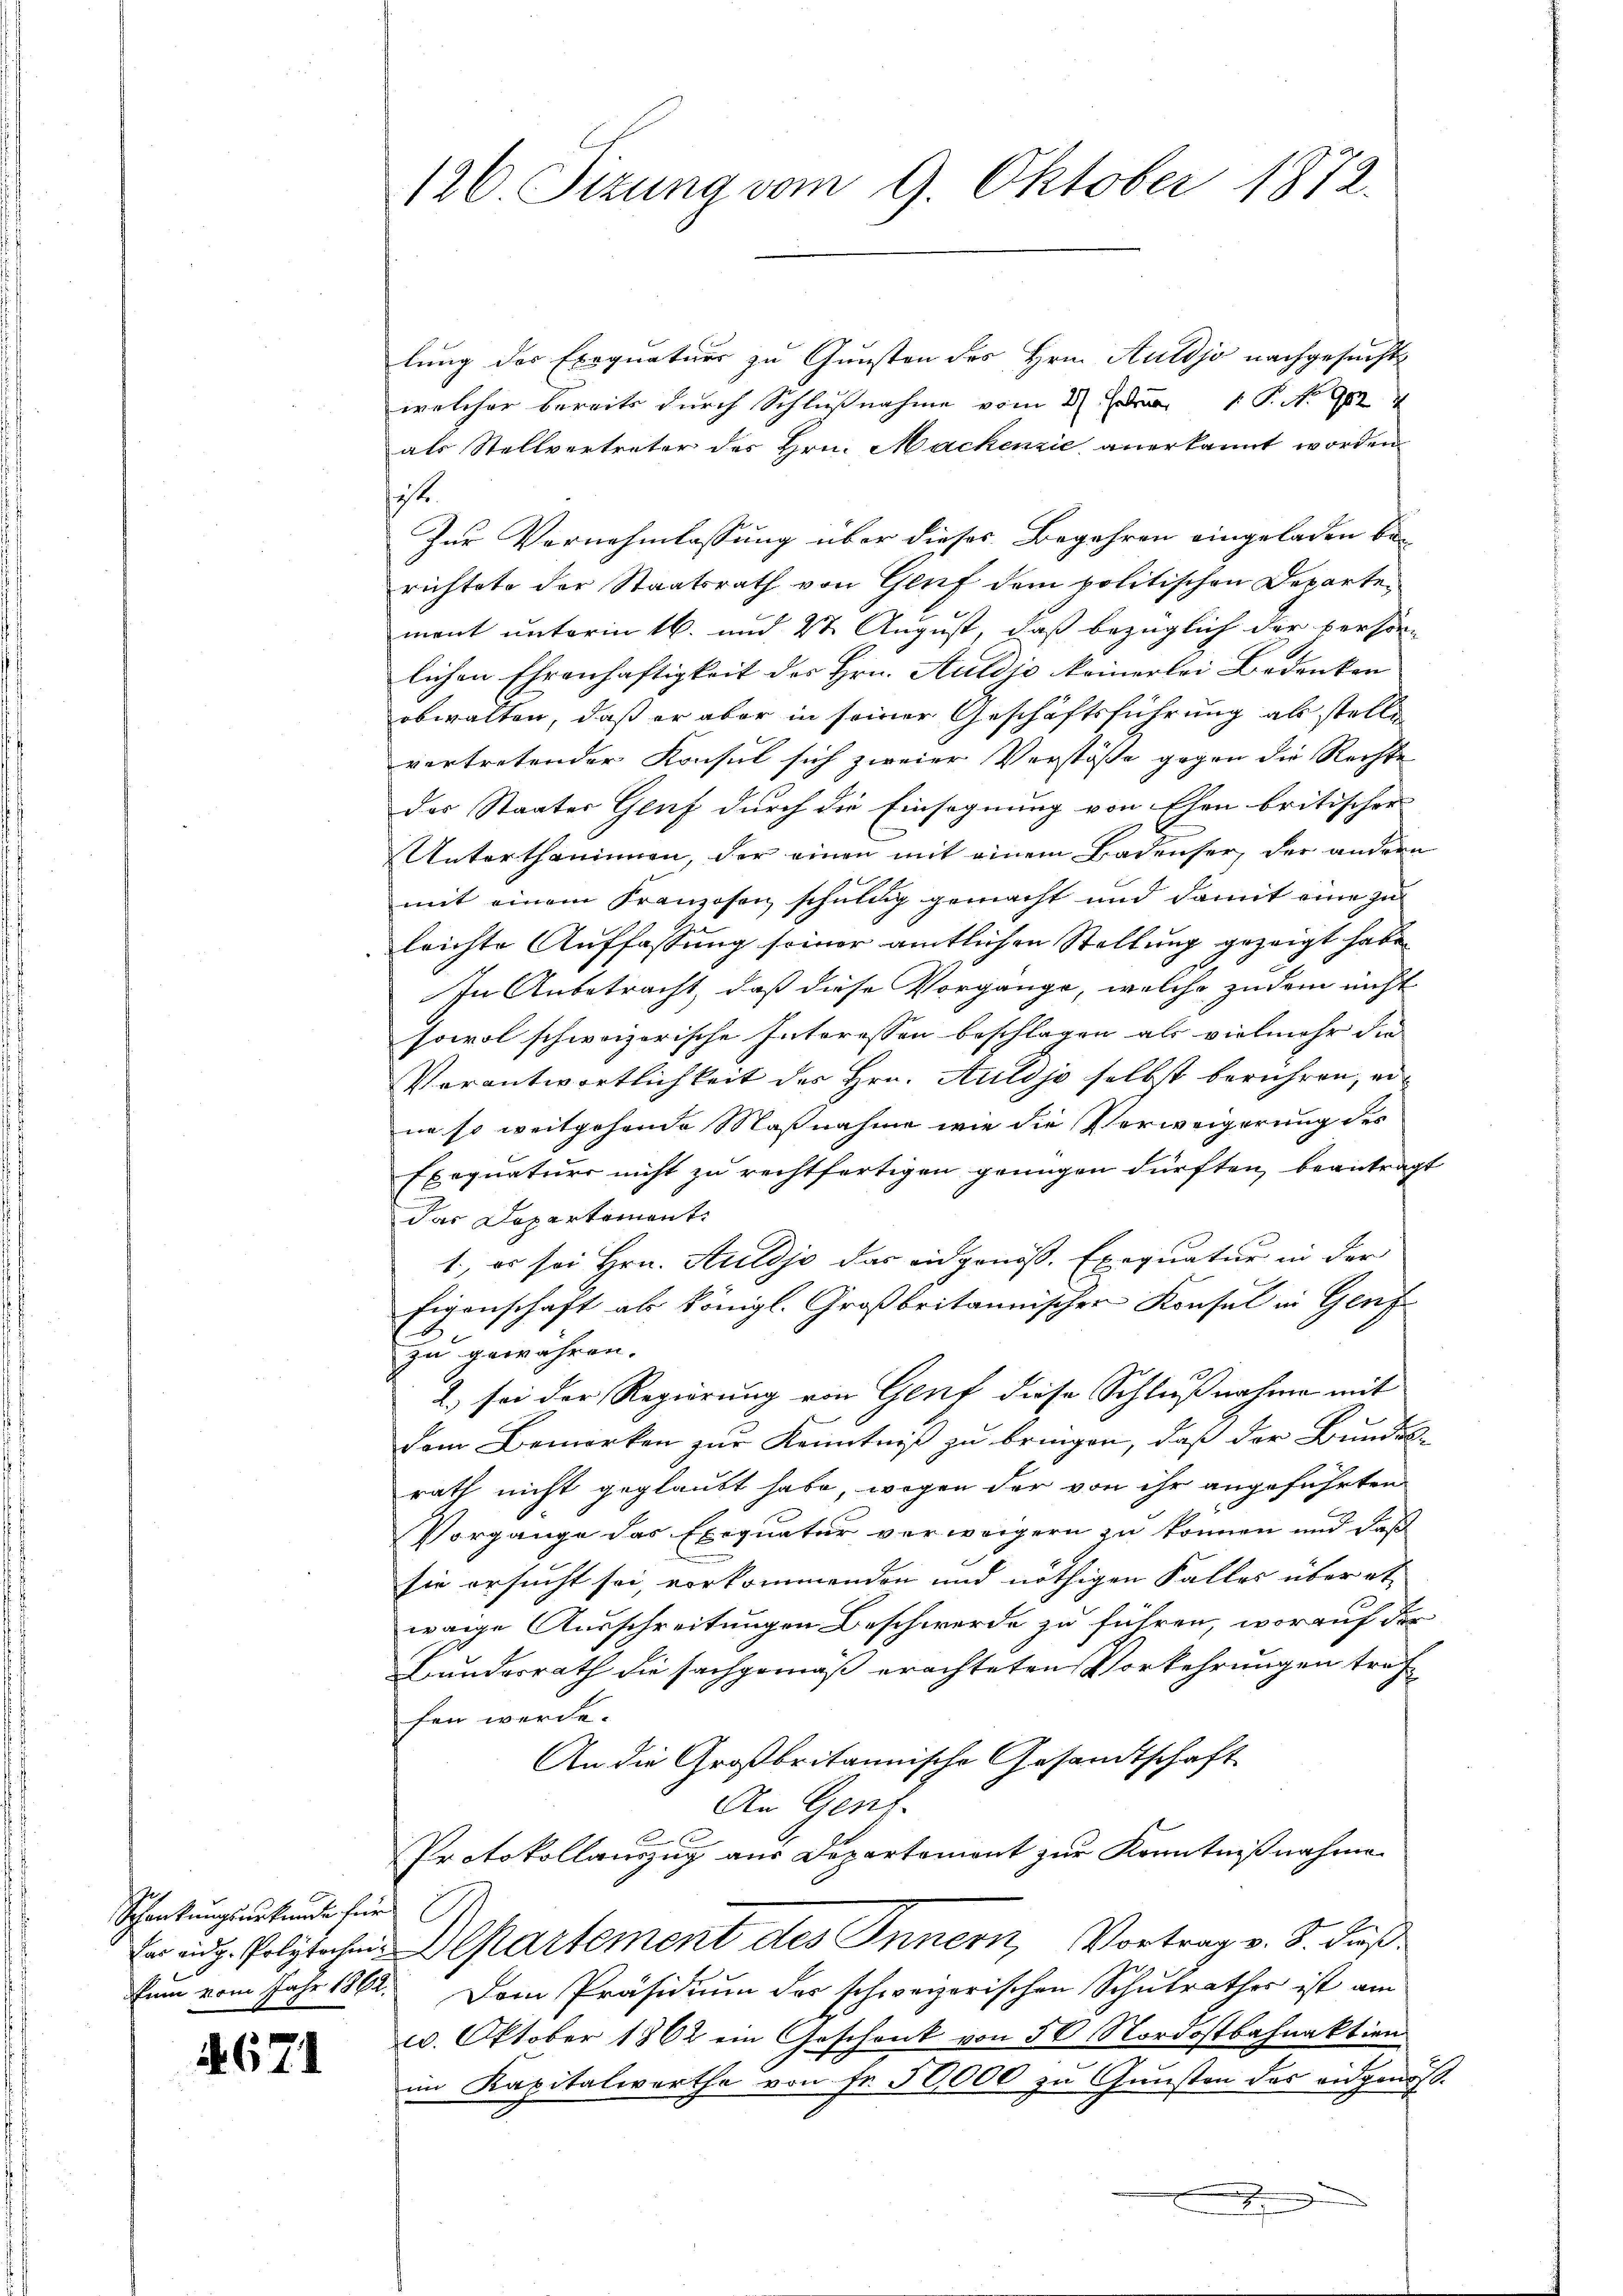
Schankungsurkunde für

1671

126. Stzung vom 9. Oktober 1872.

lung der Exequatuor zu Gunsten des Hrn. Auldjo nachgesucht
welcher bereits durch Schlußnahme vom 2. Jur. P. No 982
als Stellvertreter des Hrn. Mackenzić anerkannt worden
t.
Zur Vernehmlassung über dieses Begehren eingeladen be-
richtete der Staatsrath von Gluf dem politischen Departen
ment unterm 16. und 2t August, daß bezüglich der persön-
lichen Ehrenhaftigkeit des Hrn. Auldjo keinerlei Bedenken
obwalten, daß er aber in seiner Geschäftsführung als stellen
vertretender Konsul sich zweier Verstöße gegen die Rechte
des Staates Genf durch die Einsegnung von Ehen britischer
Unterthäninnen, der einen mit einem Badenser, der andern
mit einem Franzosen schuldig gemacht und damit eine zu
leichte Auffassung seiner amtlichen Stellung gezeigt habe
In Anbetracht, daß diese Vorgänge, welche zu dem nicht
sowol schweizerische Interessen beschlagen als vielmehr die
Verantwortlichkeit des Hrn. Auldjo selbst berühren, er
ne so weitgehende Maßnahme wie die Verweigerung des
Exequaturs nicht zu rechtfertigen genügen dürften, beantragt
das Departement
1., es sei Hrn. Auldjo das eidgenöss. Exequatur in der
Eigenschaft als königl. Großbritannischer Konsul in Genf
1
zu gewähren.
2) sei der Regierung von Genf diese Schlußnahme mit
dem Bemerken zur Kenntniß zu bringen, daß der Bundes-
rath nicht geglaubt habe, wegen der von ihr angeführten
Vorgange das Exequatur verweigern zu können und daß
sie ersucht sei, vorkommenden und nöthigen Falles über etwaige Ausschreitungen beschwerde zu führen, worauf der
Bundesrath die sachgemäß erachteten Vorkehrungen tref
hen werde.
An die Großbritannische Gesandtschaft
An Genz.
2
Protokollauszug aus Departement zur Kenntnißnahmen
 eidg. Polytechen Departement des Innern, Vortrag v. 8. Fuß
tum vom Jahr 1861. Dem Präsidium des schweizerischen Schulrathes ist am
29. Oktober 1862 ein Geschenk von 50 Nordostbahnaktion
im Kapitalwerthe von Fr. 50000 zu Gunsten des eidgenöß¬